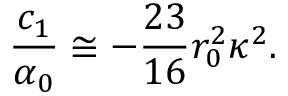
\frac { c _ { 1 } } { \alpha _ { 0 } } \cong - \frac { 2 3 } { 1 6 } r _ { 0 } ^ { 2 } \kappa ^ { 2 } .